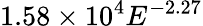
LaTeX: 1.58\times 10^{4}E^{-2.27}